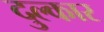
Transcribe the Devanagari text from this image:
दुल्कार